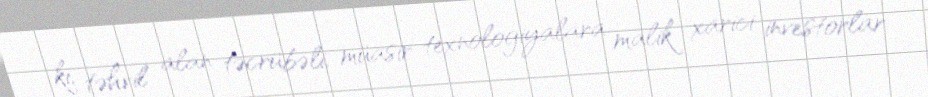
ki, təhvil alan təcrübəli, müasir texnologiyalara malik xarici investorlar